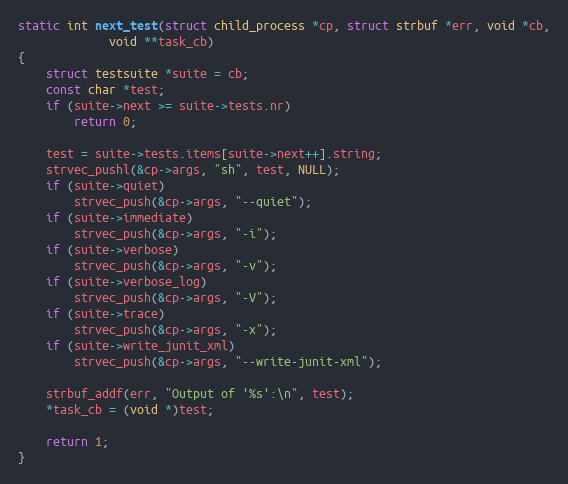
Language: C
static int next_test(struct child_process *cp, struct strbuf *err, void *cb,
		     void **task_cb)
{
	struct testsuite *suite = cb;
	const char *test;
	if (suite->next >= suite->tests.nr)
		return 0;

	test = suite->tests.items[suite->next++].string;
	strvec_pushl(&cp->args, "sh", test, NULL);
	if (suite->quiet)
		strvec_push(&cp->args, "--quiet");
	if (suite->immediate)
		strvec_push(&cp->args, "-i");
	if (suite->verbose)
		strvec_push(&cp->args, "-v");
	if (suite->verbose_log)
		strvec_push(&cp->args, "-V");
	if (suite->trace)
		strvec_push(&cp->args, "-x");
	if (suite->write_junit_xml)
		strvec_push(&cp->args, "--write-junit-xml");

	strbuf_addf(err, "Output of '%s':\n", test);
	*task_cb = (void *)test;

	return 1;
}